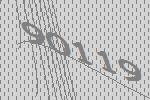
90119